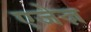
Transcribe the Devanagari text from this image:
एजेज़